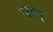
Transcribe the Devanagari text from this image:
जतर